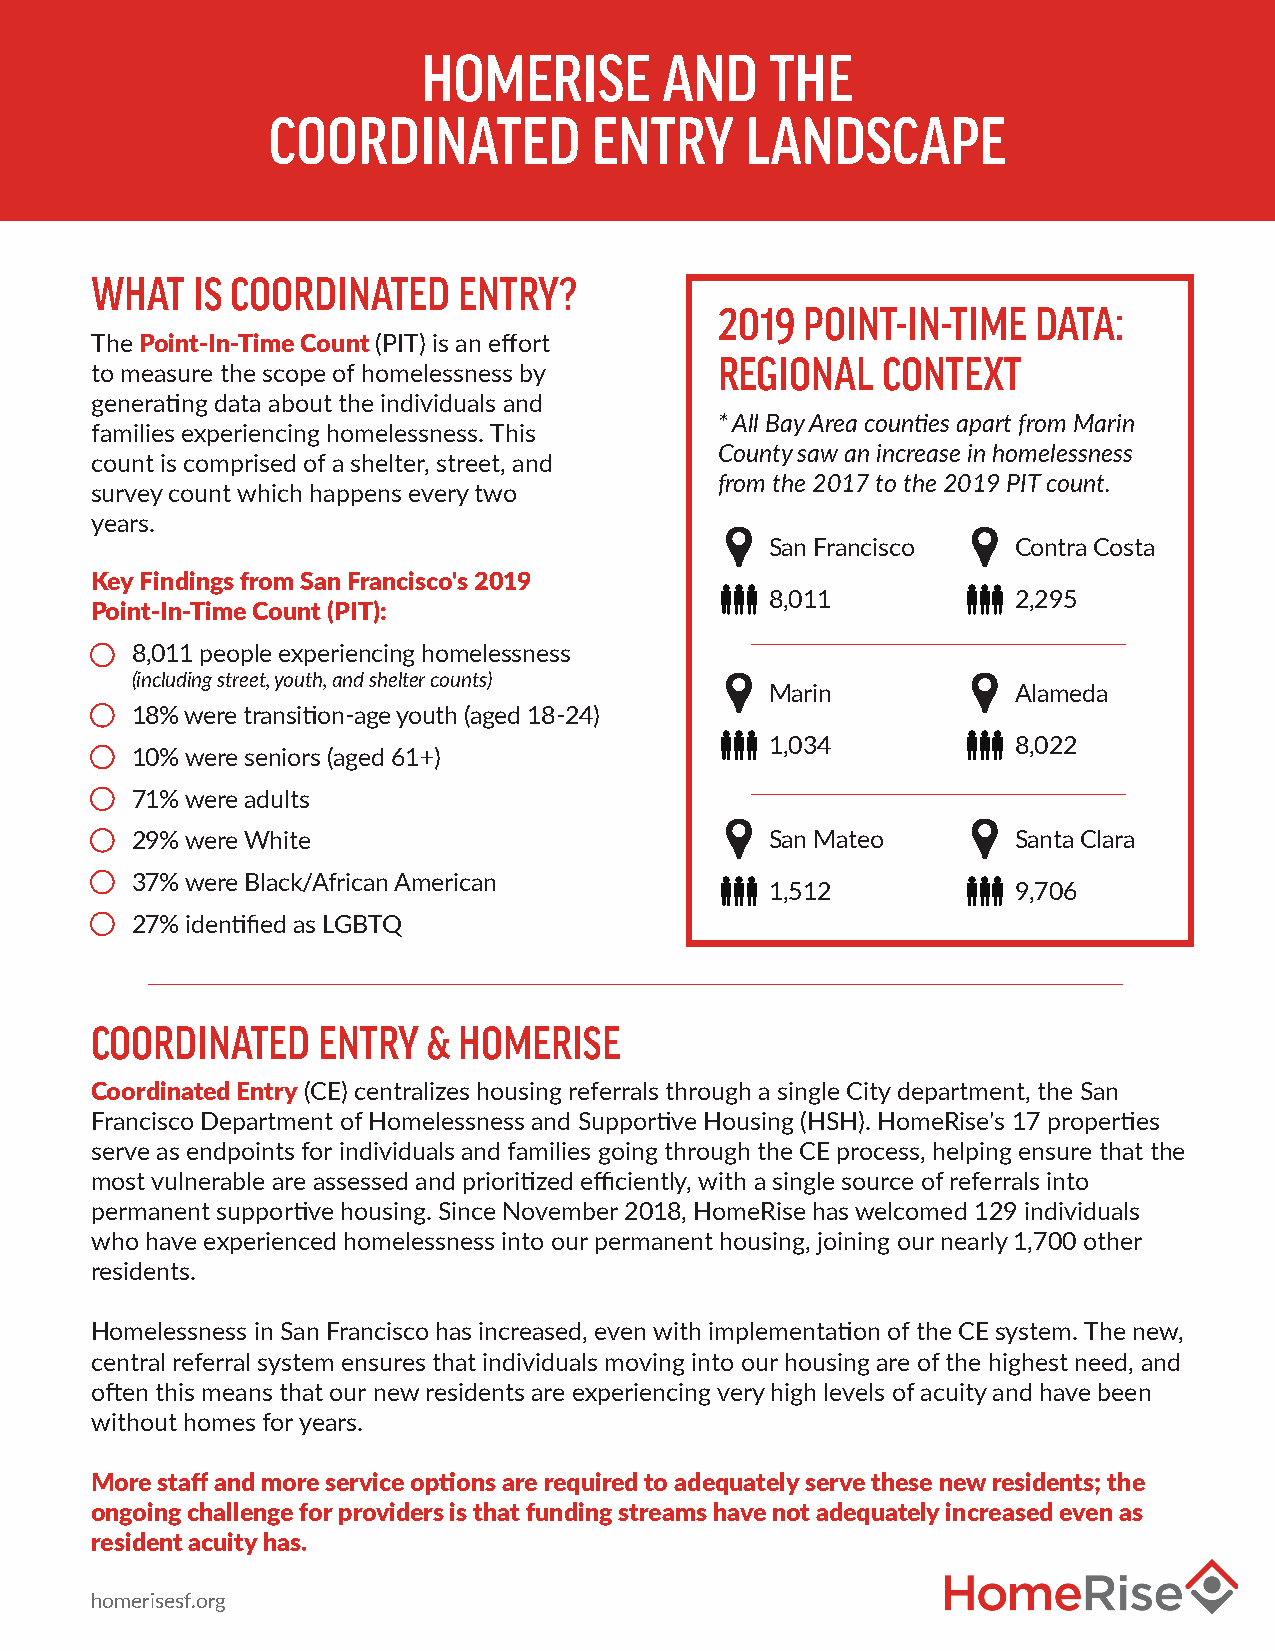
HOMERISE        AND    THE
 COORDINATED          ENTRY     LANDSCAPE
 WHAT   IS COORDINATED   ENTRY?
 2019 POINT-IN-TIME   DATA:
 The Point-In-Time Count (PIT) is an effort
 REGIONAL  CONTEXT
 to measure the scope of homelessness by
 generating data about the individuals and
 * All Bay Area counties apart from Marin
 families experiencing homelessness. This
 County saw an increase in homelessness
 count is comprised of a shelter, street, and
 from the 2017 to the 2019 PIT count.
 survey count which happens every two
 years.
 San Francisco   Contra Costa
 Key Findings from San Francisco's 2019
 8,011           2,295
 Point-In-Time Count (PIT):
 8,011 people experiencing homelessness
 (including street, youth, and shelter counts)
 Marin           Alameda
 18% were transition-age youth (aged 18-24)
 1,034           8,022
 10% were seniors (aged 61+)
 71% were adults
 29% were White                            San Mateo       Santa Clara
 37% were Black/African American
 1,512           9,706
 27% identified as LGBTQ
 COORDINATED    ENTRY  & HOMERISE
 Coordinated Entry (CE) centralizes housing referrals through a single City department, the San
 Francisco Department of Homelessness and Supportive Housing (HSH). HomeRise's 17 properties
 serve as endpoints for individuals and families going through the CE process, helping ensure that the
 most vulnerable are assessed and prioritized efficiently, with a single source of referrals into
 permanent supportive housing. Since November 2018, HomeRise has welcomed 129 individuals
 who have experienced homelessness into our permanent housing, joining our nearly 1,700 other
 residents.
 Homelessness in San Francisco has increased, even with implementation of the CE system. The new,
 central referral system ensures that individuals moving into our housing are of the highest need, and
 often this means that our new residents are experiencing very high levels of acuity and have been
 without homes for years.
 More staff and more service options are required to adequately serve these new residents; the
 ongoing challenge for providers is that funding streams have not adequately increased even as
 resident acuity has.
 homerisesf.org